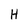
Character: H